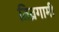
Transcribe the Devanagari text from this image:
तिव्रगामी